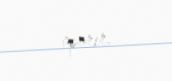
aparır.